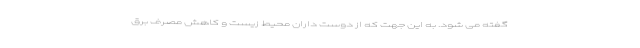
گفته می شود. به این جهت که از دوست داران محیط زیست و کاهش مصرف برق